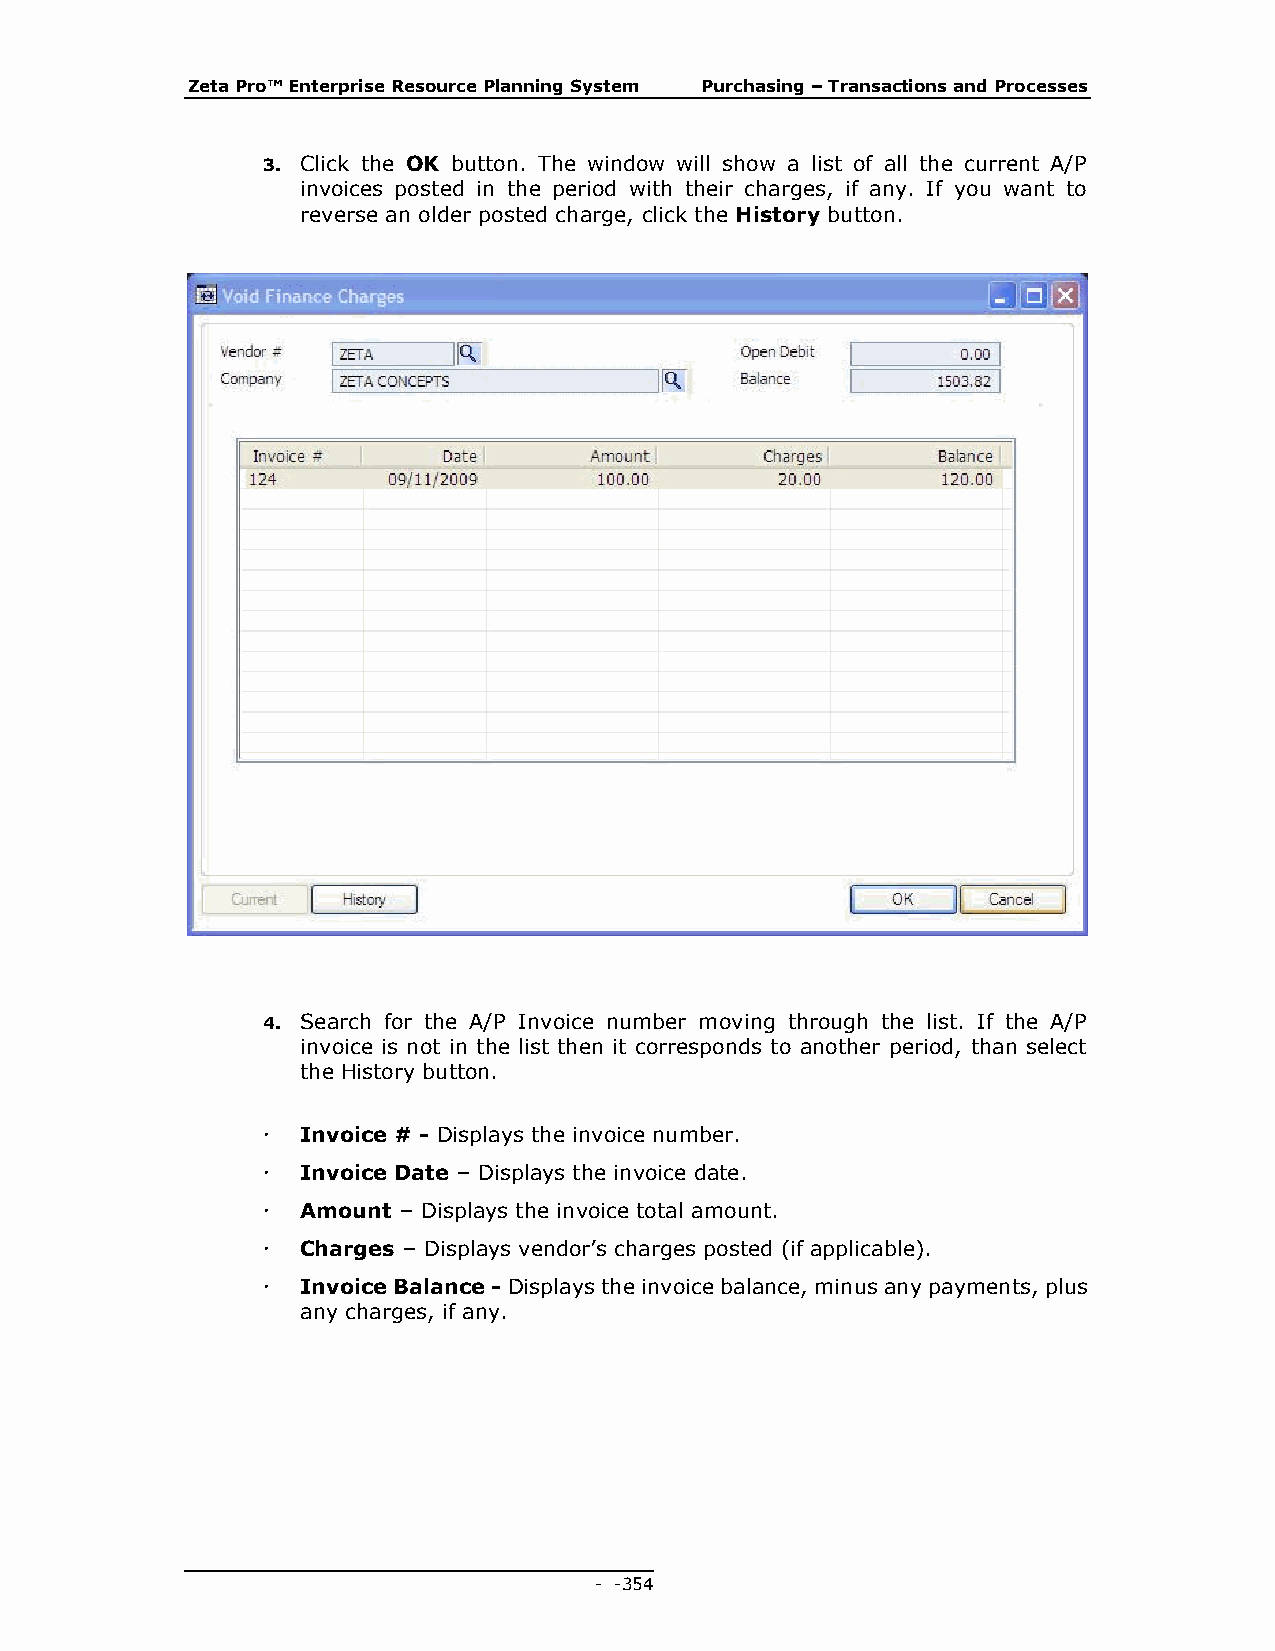
Zeta Pro™ Enterprise Resource Planning System Purchasing – Transactions and Processes
 3. Click the OK button. The window will show a list of all the current A/P
 invoices posted in the period with their charges, if any. If you want to
 reverse an older posted charge, click the History button.
 4. Search for the A/P Invoice number moving through the list. If the A/P
 invoice is not in the list then it corresponds to another period, than select
 the History button.
   Invoice # - Displays the invoice number.
   Invoice Date – Displays the invoice date.
   Amount – Displays the invoice total amount.
   Charges – Displays vendor’s charges posted (if applicable).
   Invoice Balance - Displays the invoice balance, minus any payments, plus
 any charges, if any.
 - - 354